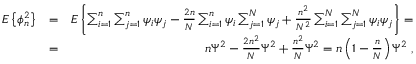
\begin{array} { r l r } { E \left\{ \phi _ { n } ^ { 2 } \right\} } & { = } & { E \left\{ \sum _ { i = 1 } ^ { n } \sum _ { j = 1 } ^ { n } \psi _ { i } \psi _ { j } - { \frac { 2 n } { N } } \sum _ { i = 1 } ^ { n } \psi _ { i } \sum _ { j = 1 } ^ { N } \psi _ { j } + { \frac { n ^ { 2 } } { N ^ { 2 } } } \sum _ { i = 1 } ^ { N } \sum _ { j = 1 } ^ { N } \psi _ { i } \psi _ { j } \right\} = } \\ & { = } & { n \Psi ^ { 2 } - { \frac { 2 n ^ { 2 } } { N } } \Psi ^ { 2 } + { \frac { n ^ { 2 } } { N } } \Psi ^ { 2 } = n \left( 1 - { \frac { n } { N } } \right) \Psi ^ { 2 } \; , } \end{array}